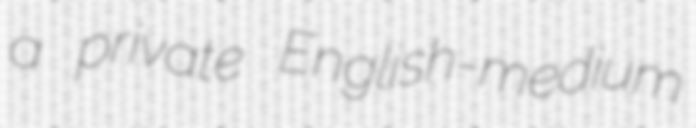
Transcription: a private English-medium